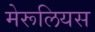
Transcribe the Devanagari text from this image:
मेरूलियस